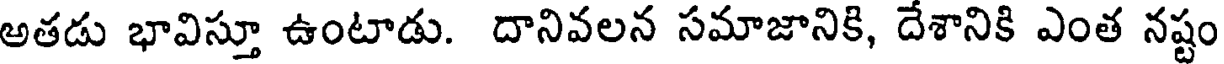
అతడు భావిస్తూ ఉంటాడు. దానివలన సమాజానికి, దేశానికి ఎంత నష్టం